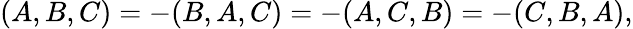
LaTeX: (A,B,C)=-(B,A,C)=-(A,C,B)=-(C,B,A),